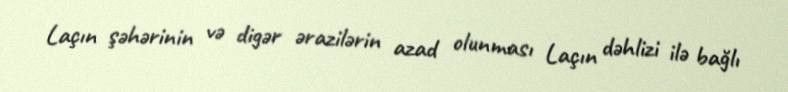
Laçın şəhərinin və digər ərazilərin azad olunması Laçın dəhlizi ilə bağlı